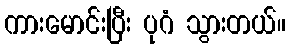
ကားမောင်းပြီး ပုဂံ သွားတယ်။